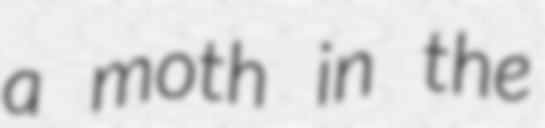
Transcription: a moth in the